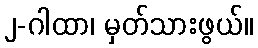
၂-ဂါထာ၊ မှတ်သားဖွယ်။